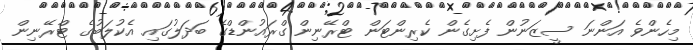
މިހެންވެ އަންނަ ސީޒަނުން ފެށިގެން ކެރިންޓަން ޓްރޭނިން ގްރައުންޑްގެ ބަދަލުގައި އެކުލަބުގެ ޓްރޭނިން